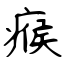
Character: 瘊